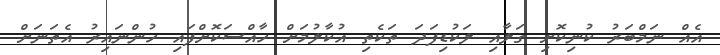
އެއް ނަމްބަރު ކުނިކޮށި ގަލާއި ލަކުޑިފަދަ ތަކެތި އުކާލުމަށް ހާއްސަކޮށްފައި ހުންނައިރު އެތަނަށް